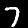
Digit: 7